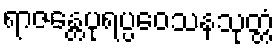
ရာဇန္တေပုရပ္ပဝေသနသုတ္တံ